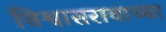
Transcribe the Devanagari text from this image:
विश्वासरावाच्या